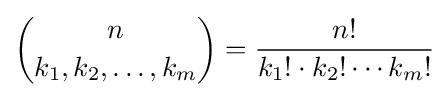
{\binom {n}{k_{1},k_{2},\ldots ,k_{m}}}={\frac {n!}{k_{1}!\cdot k_{2}!\cdots k_{m}!}}